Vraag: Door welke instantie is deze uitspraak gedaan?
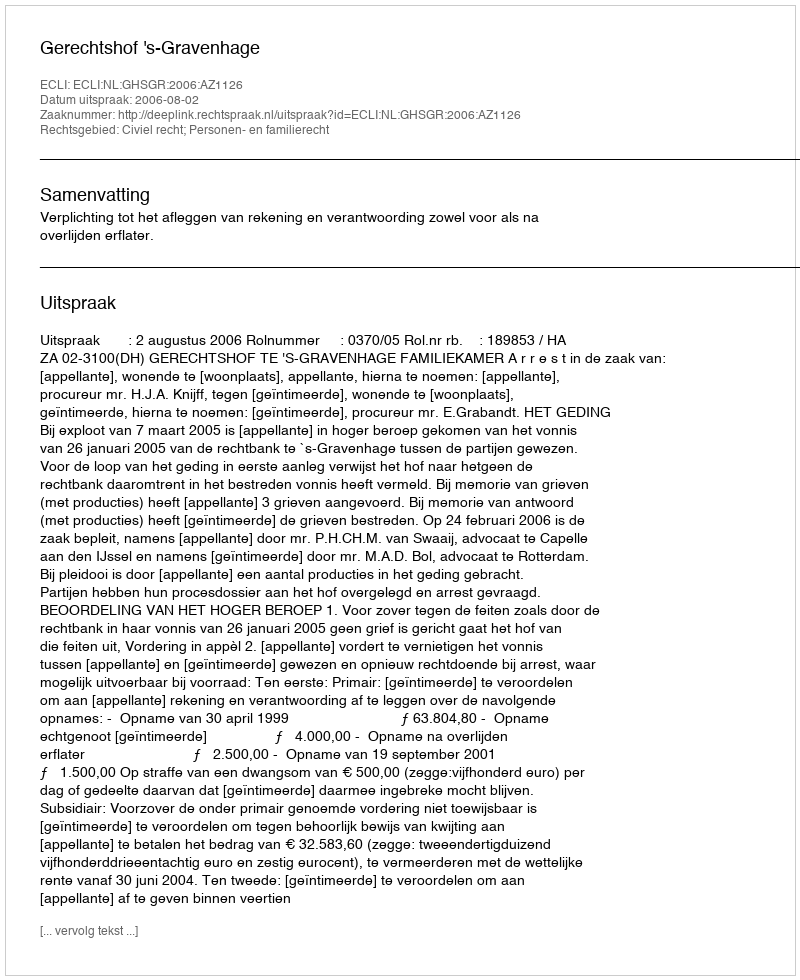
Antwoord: Gerechtshof 's-Gravenhage